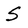
Character: 5